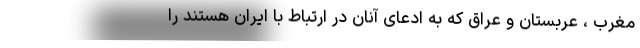
مغرب ، عربستان و عراق که به ادعای آنان در ارتباط با ایران هستند را